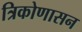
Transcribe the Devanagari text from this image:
त्रिकोणासन